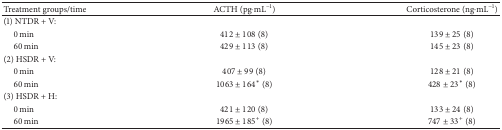
<table><thead><tr><td><b>Treatment groups/time</b></td><td><b>ACTH (pg·mL<sup>−1</sup>) </b></td><td><b>Corticosterone (ng·mL<sup>−1</sup>)</b></td></tr></thead><tbody><tr><td>(1) NTDR + V:</td><td> </td><td> </td></tr><tr><td> 0 min</td><td>412 ± 108 (8)</td><td>139 ± 25 (8)</td></tr><tr><td> 60 min</td><td>429 ± 113 (8)</td><td>145 ± 23 (8)</td></tr><tr><td>(2) HSDR + V:</td><td> </td><td> </td></tr><tr><td> 0 min</td><td>407 ± 99 (8)</td><td>128 ± 21 (8)</td></tr><tr><td> 60 min</td><td>1063 ± 164* (8)</td><td>428 ± 23* (8)</td></tr><tr><td>(3) HSDR + H:</td><td> </td><td> </td></tr><tr><td> 0 min</td><td>421 ± 120 (8)</td><td>133 ± 24 (8)</td></tr><tr><td> 60 min</td><td>1965 ± 185<sup>+</sup> (8)</td><td>747 ± 33<sup>+</sup> (8)</td></tr></tbody></table>